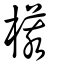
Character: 𣘃